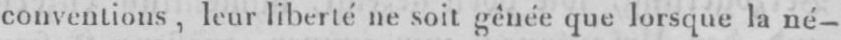
conventions, leur libertéle soit gênée que lorsque la né-